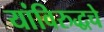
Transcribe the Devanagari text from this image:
यांविरुद्धचे